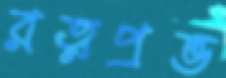
রত্নপ্রভ